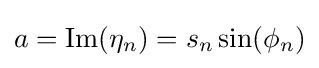
a={\rm {Im}}(\eta _{n})=s_{n}\sin(\phi _{n})